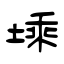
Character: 塖